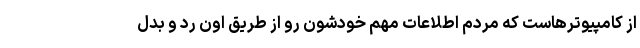
از کامپیوترهاست که مردم اطلاعات مهم خودشون رو از طریق اون رد و بدل